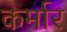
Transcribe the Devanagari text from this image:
कर्मार